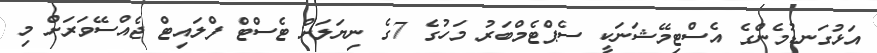
އަޅުގަނޑުމެންގެ އެސްޓިމޭޝަނަކީ ސެޕްޓެމްބަރު މަހުގެ 7ގެ ނިޔަލަށް ޓެސްޓް ފްލައިޓް ޖެއްސޭވަރަށް މި